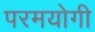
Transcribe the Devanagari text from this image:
परमयोगी